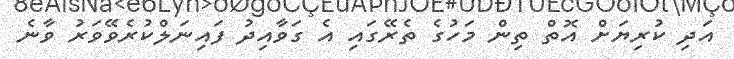
އަދި ކުރިޔަށް އޮތް ތިން މަހުގެ ތެރޭގައި އެ ގަވާއިދު ފައިނަލްކުރެވޭވަރު ވާނެ